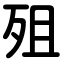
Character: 殂